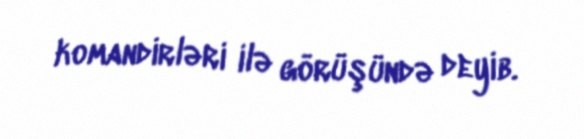
komandirləri ilə görüşündə deyib.